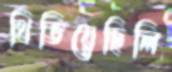
থিতিয়েছিলি